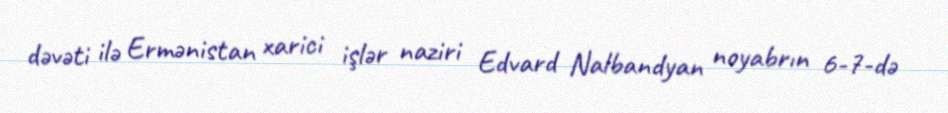
dəvəti ilə Ermənistan xarici işlər naziri Edvard Nalbandyan noyabrın 6-7-də